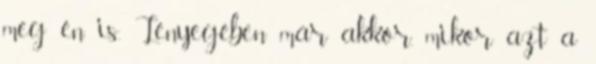
meg én is. Lényegében már akkor, mikor azt a